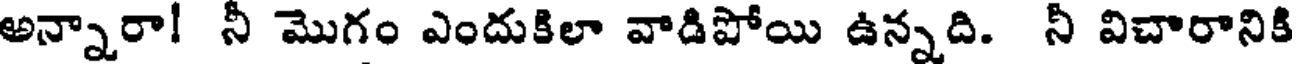
అన్నారా! నీ మొగం ఎందుకిలా వాడిపోయి ఉన్నది. నీ విచారానికి